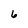
Character: 6